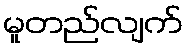
မူတည်လျက်